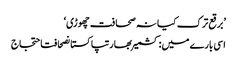
’برقع ترک کیا نہ صحافت چھوڑی‘
اسی بارے میں: کشمیربھارتپاکستانصحافتاحتجاج